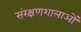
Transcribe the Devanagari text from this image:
संरक्षणशालाओं